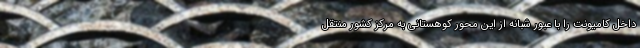
داخل کامیونت را با عبور شبانه از این محور کوهستانی به مرکز کشور منتقل